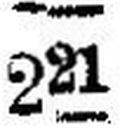
221